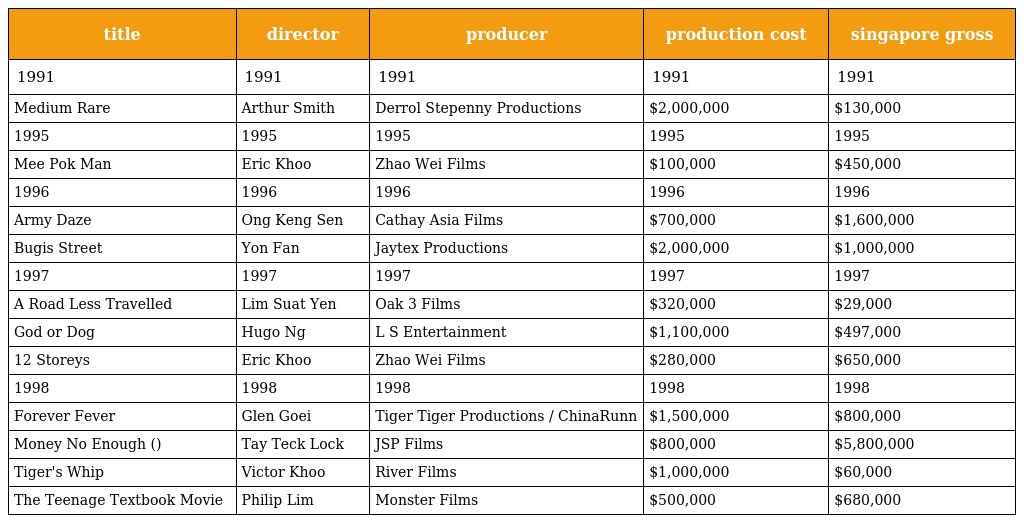
| title | director | producer | production cost | singapore gross |
 | --- | --- | --- | --- | --- |
 | 1991 | 1991 | 1991 | 1991 | 1991 |
 | Medium Rare | Arthur Smith | Derrol Stepenny Productions | $2,000,000 | $130,000 |
 | 1995 | 1995 | 1995 | 1995 | 1995 |
 | Mee Pok Man | Eric Khoo | Zhao Wei Films | $100,000 | $450,000 |
 | 1996 | 1996 | 1996 | 1996 | 1996 |
 | Army Daze | Ong Keng Sen | Cathay Asia Films | $700,000 | $1,600,000 |
 | Bugis Street | Yon Fan | Jaytex Productions | $2,000,000 | $1,000,000 |
 | 1997 | 1997 | 1997 | 1997 | 1997 |
 | A Road Less Travelled | Lim Suat Yen | Oak 3 Films | $320,000 | $29,000 |
 | God or Dog | Hugo Ng | L S Entertainment | $1,100,000 | $497,000 |
 | 12 Storeys | Eric Khoo | Zhao Wei Films | $280,000 | $650,000 |
 | 1998 | 1998 | 1998 | 1998 | 1998 |
 | Forever Fever | Glen Goei | Tiger Tiger Productions / ChinaRunn | $1,500,000 | $800,000 |
 | Money No Enough (钱不够用) | Tay Teck Lock | JSP Films | $800,000 | $5,800,000 |
 | Tiger's Whip | Victor Khoo | River Films | $1,000,000 | $60,000 |
 | The Teenage Textbook Movie | Philip Lim | Monster Films | $500,000 | $680,000 |